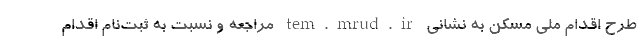
طرح اقدام ملی مسکن به نشانی tem.mrud.ir مراجعه و نسبت به ثبت‌نام اقدام